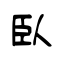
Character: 臥